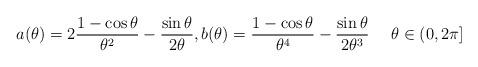
LaTeX: \begin{align*}a(\theta) = 2\frac{1-\cos \theta}{\theta^2} - \frac{\sin\theta}{2\theta},b(\theta) = \frac{1-\cos \theta}{\theta^4} - \frac{\sin\theta}{2\theta^3}\quad\ \theta \in (0,2\pi]\end{align*}